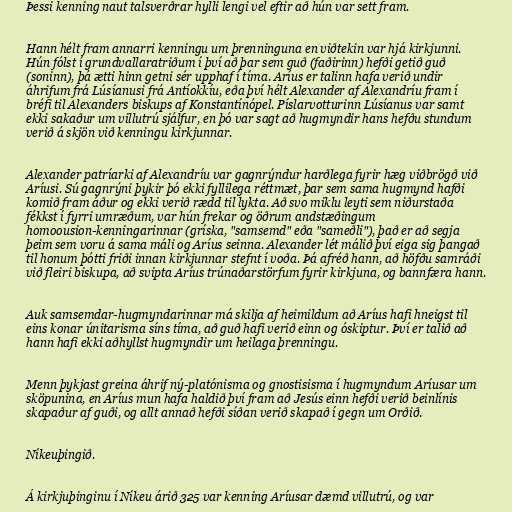
Þessi kenning naut talsverðrar hylli lengi vel eftir að hún var sett fram.

Hann hélt fram annarri kenningu um þrenninguna en viðtekin var hjá kirkjunni.
Hún fólst í grundvallaratriðum í því að þar sem guð (faðirinn) hefði getið guð
(soninn), þá ætti hinn getni sér upphaf í tíma. Aríus er talinn hafa verið undir
áhrifum frá Lúsíanusi frá Antíokkíu, eða því hélt Alexander af Alexandríu fram í
bréfi til Alexanders biskups af Konstantínópel. Píslarvotturinn Lúsíanus var samt
ekki sakaður um villutrú sjálfur, en þó var sagt að hugmyndir hans hefðu stundum
verið á skjön við kenningu kirkjunnar.

Alexander patríarki af Alexandríu var gagnrýndur harðlega fyrir hæg viðbrögð við
Aríusi. Sú gagnrýni þykir þó ekki fyllilega réttmæt, þar sem sama hugmynd hafði
komið fram áður og ekki verið rædd til lykta. Að svo miklu leyti sem niðurstaða
fékkst í fyrri umræðum, var hún frekar og öðrum andstæðingum
homoousion-kenningarinnar (gríska, "samsemd" eða "sameðli"), það er að segja
þeim sem voru á sama máli og Aríus seinna. Alexander lét málið því eiga sig þangað
til honum þótti friði innan kirkjunnar stefnt í voða. Þá afréð hann, að höfðu samráði
við fleiri biskupa, að svipta Aríus trúnaðarstörfum fyrir kirkjuna, og bannfæra hann.

Auk samsemdar-hugmyndarinnar má skilja af heimildum að Aríus hafi hneigst til
eins konar únitarisma síns tíma, að guð hafi verið einn og óskiptur. Því er talið að
hann hafi ekki aðhyllst hugmyndir um heilaga þrenningu.

Menn þykjast greina áhrif ný-platónisma og gnostisisma í hugmyndum Aríusar um
sköpunina, en Aríus mun hafa haldið því fram að Jesús einn hefði verið beinlínis
skapaður af guði, og allt annað hefði síðan verið skapað í gegn um Orðið.

Níkeuþingið.

Á kirkjuþinginu í Níkeu árið 325 var kenning Aríusar dæmd villutrú, og var